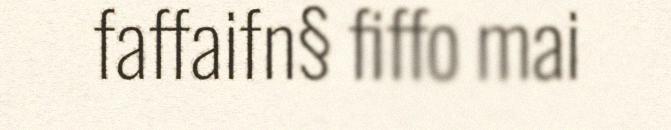
faffaifn§ fiffo mai